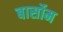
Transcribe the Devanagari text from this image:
बार्सोम